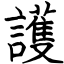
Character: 護